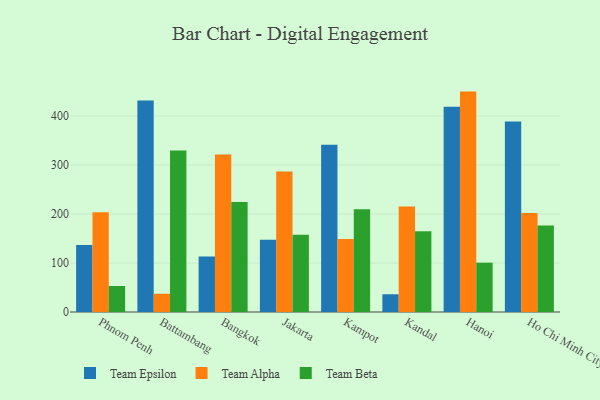
{"axis": {"x": "City", "y": "Page Views"}, "legend": ["Team Alpha", "Team Beta", "Team Epsilon"], "data": [{"x": "Phnom Penh", "y": 136.6, "type": "Team Epsilon"}, {"x": "Phnom Penh", "y": 203.8, "type": "Team Alpha"}, {"x": "Phnom Penh", "y": 53.1, "type": "Team Beta"}, {"x": "Battambang", "y": 431.6, "type": "Team Epsilon"}, {"x": "Battambang", "y": 37.2, "type": "Team Alpha"}, {"x": "Battambang", "y": 329.5, "type": "Team Beta"}, {"x": "Bangkok", "y": 113.2, "type": "Team Epsilon"}, {"x": "Bangkok", "y": 321.7, "type": "Team Alpha"}, {"x": "Bangkok", "y": 224.7, "type": "Team Beta"}, {"x": "Jakarta", "y": 147.7, "type": "Team Epsilon"}, {"x": "Jakarta", "y": 287.0, "type": "Team Alpha"}, {"x": "Jakarta", "y": 157.7, "type": "Team Beta"}, {"x": "Kampot", "y": 341.4, "type": "Team Epsilon"}, {"x": "Kampot", "y": 149.2, "type": "Team Alpha"}, {"x": "Kampot", "y": 209.8, "type": "Team Beta"}, {"x": "Kandal", "y": 36.2, "type": "Team Epsilon"}, {"x": "Kandal", "y": 215.4, "type": "Team Alpha"}, {"x": "Kandal", "y": 164.8, "type": "Team Beta"}, {"x": "Hanoi", "y": 418.9, "type": "Team Epsilon"}, {"x": "Hanoi", "y": 450.0, "type": "Team Alpha"}, {"x": "Hanoi", "y": 100.7, "type": "Team Beta"}, {"x": "Ho Chi Minh City", "y": 389.1, "type": "Team Epsilon"}, {"x": "Ho Chi Minh City", "y": 202.0, "type": "Team Alpha"}, {"x": "Ho Chi Minh City", "y": 176.6, "type": "Team Beta"}]}